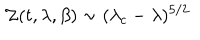
{ \cal Z } ( t , \lambda , \beta ) \sim ( \lambda _ { c } - \lambda ) ^ { 5 / 2 }